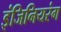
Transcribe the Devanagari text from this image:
इंजिनियरंग